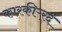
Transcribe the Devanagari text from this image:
कारकीऱ्र्द